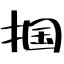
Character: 掴